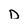
Character: D